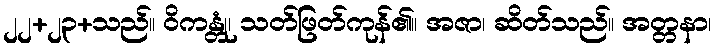
၂၂+၂၃+သည်။ ဝိကန္တုံ၊ သတ်ဖြတ်ကုန်၏။ အဇာ၊ ဆိတ်သည်။ အတ္တနာ၊